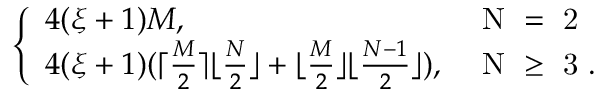
\left\{ \begin{array} { l l } { 4 ( \xi + 1 ) M , } & { \mathrm { ~ N ~ = ~ 2 ~ } } \\ { 4 ( \xi + 1 ) ( \lceil \frac { M } { 2 } \rceil \lfloor \frac { N } { 2 } \rfloor + \lfloor \frac { M } { 2 } \rfloor \lfloor \frac { N - 1 } { 2 } \rfloor ) , } & { \mathrm { ~ N ~ \geq ~ 3 ~ . ~ } } \end{array} \right.